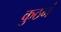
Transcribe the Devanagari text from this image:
कुठनं